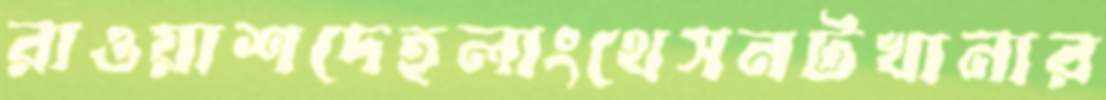
রাওয়াশদেহলাংথেসনটখানার